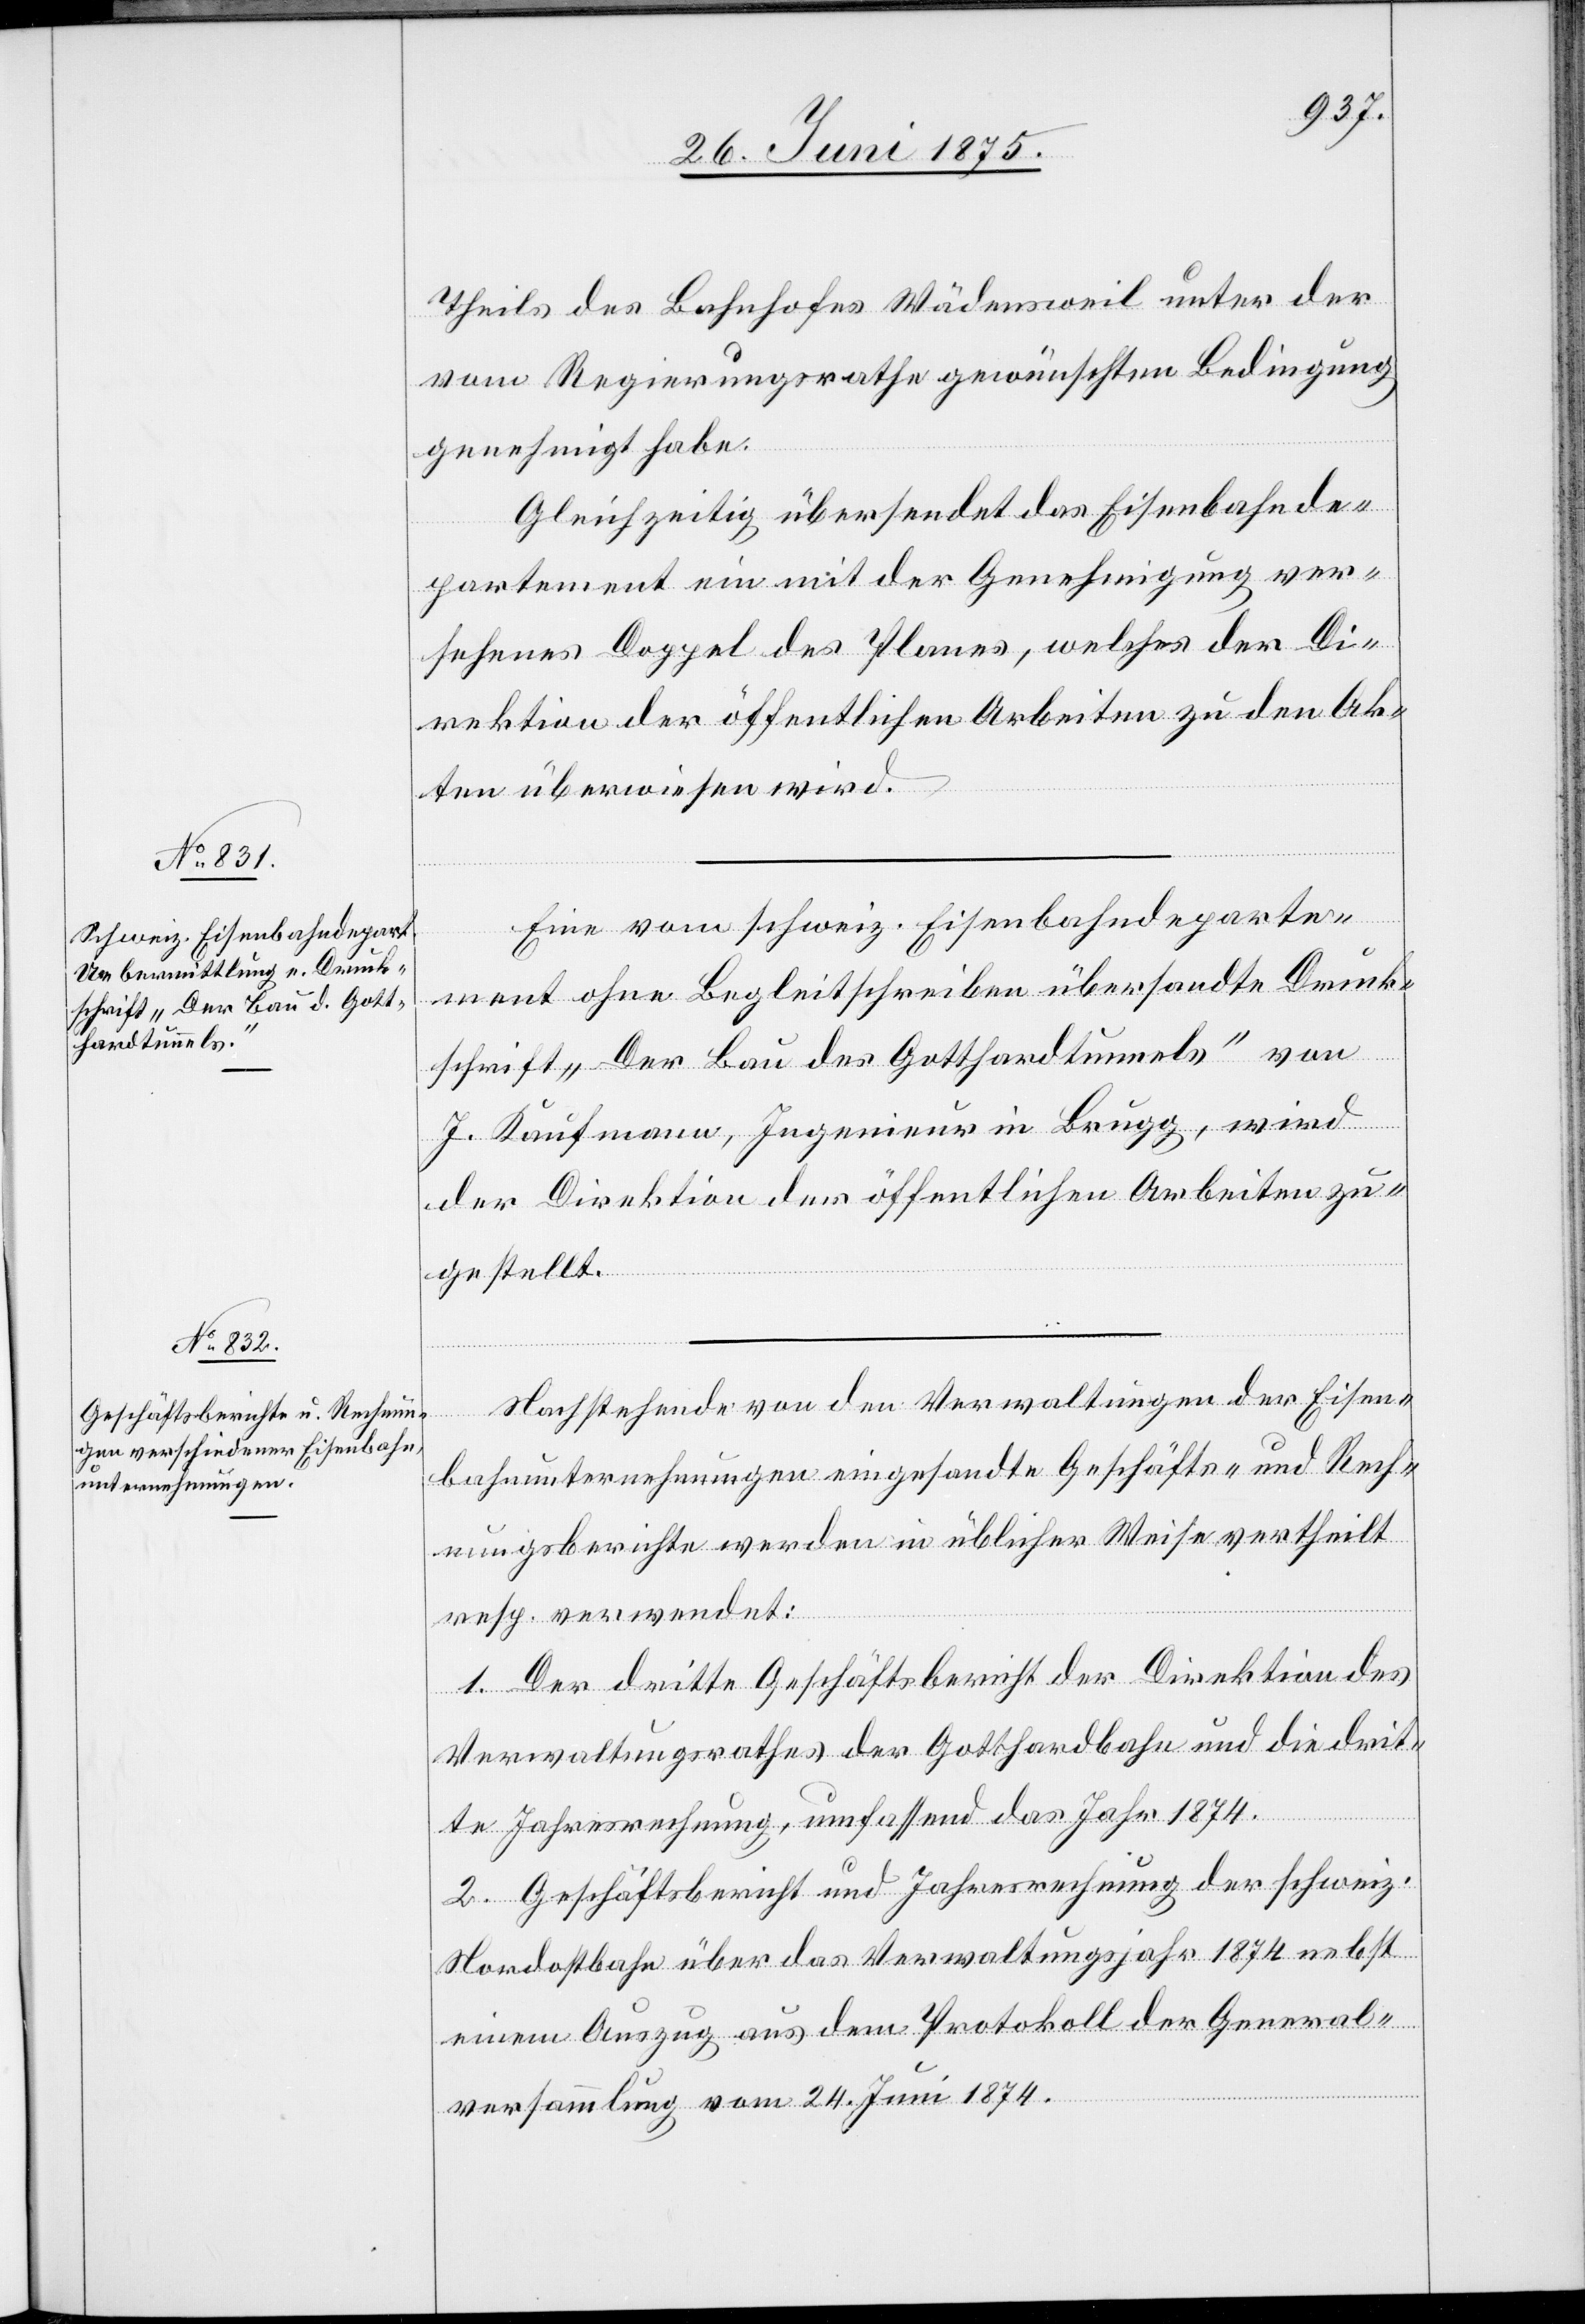
Theils des Bahnhofes Wädensweil unter der
vom Regierungsrathe gewünschten Bedingung,
genehmigt habe.
Gleichzeitig übersendet das Eisenbahnde¬
partement ein mit der Genehmigung ver¬
sehenes Doppel des Planes, welches der Di¬
rektion der öffentlichen Arbeiten zu den Ak¬
ten überwiesen wird.
Eine vom schweiz. Eisenbahndeparte¬
ment ohne Begleitschreiben übersandte Druck¬
schrift „Der Bau des Gotthardtunnels“ von
J. Kaufmann, Ingenieur in Brugg, wird
der Direktion der öffentlichen Arbeiten zu¬
gestellt.
Nachstehende von den Verwaltungen der Eisen¬
bahnunternehmungen eingesandte Geschäfts- und Rech¬
nungsberichte werden in üblicher Weise vertheilt
resp. verwendet:
1. Der dritte Geschäftsbericht der Direktion des
Verwaltungsrathes der Gotthardbahn und die drit¬
te Jahresrechnung, umfassend das Jahr 1874.
2. Geschäftsbericht und Jahresrechnung der schweiz.
Nordostbahn über das Verwaltungsjahr 1874 nebst
einem Auszug dem Protokoll der General¬
versammlung vom 24. Juni 1874.